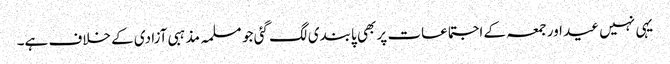
یہی نہیں عید اور جمعہ کے اجتماعات پر بھی پابندی لگ گئی جو مسلمہ مذہبی آزادی کے خلاف ہے۔